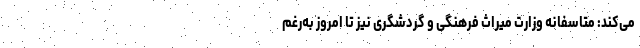
می‌کند: متاسفانه وزارت میراث فرهنگی و گردشگری نیز تا امروز به‌‌رغم